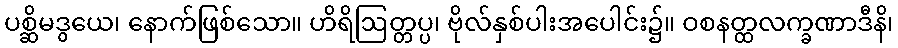
ပစ္ဆိမဒွယေ၊ နောက်ဖြစ်သော။ ဟိရိဩတ္တပ္ပ၊ ဗိုလ်နှစ်ပါးအပေါင်း၌။ ဝစနတ္ထလက္ခဏာဒီနိ၊